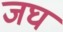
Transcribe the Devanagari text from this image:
जघ